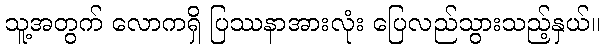
သူ့အတွက် လောကရှိ ပြဿနာအားလုံး ပြေလည်သွားသည့်နှယ်။